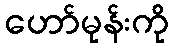
ဟော်မုန်းကို